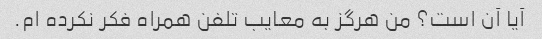
آیا آن است؟ من هرگز به معایب تلفن همراه فکر نکرده ام.